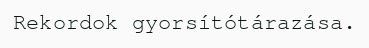
Rekordok gyorsítótárazása.